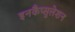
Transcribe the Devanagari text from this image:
इनकैप्सुलेशन